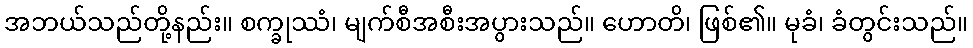
အဘယ်သည်တို့နည်း။ စက္ခုဿံ၊ မျက်စီအစီးအပွားသည်။ ဟောတိ၊ ဖြစ်၏။ မုခံ၊ ခံတွင်းသည်။